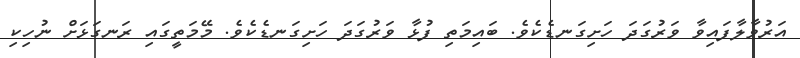
އަރުވާލާފައިވާ ވަރުގަދަ ހަށިގަނޑެކެވެ. ބައިމަތި ފުޅާ ވަރުގަދަ ހަށިގަނޑެކެވެ. މޭމަތީގައި ރަނގަޅަށް ނުހިކި